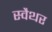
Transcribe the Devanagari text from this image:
स्वैथर